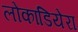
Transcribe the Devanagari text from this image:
लोकांडियेरा